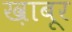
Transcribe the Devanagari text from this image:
ख़ाबूर